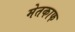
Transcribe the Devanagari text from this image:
मेतकाफ